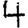
Digit: 4